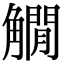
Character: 𧤽